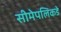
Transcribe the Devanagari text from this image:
सीमेपलिकडे